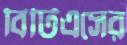
বিটিএসের